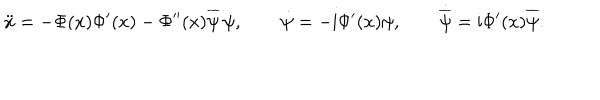
LaTeX: \ddot { x } = - \Phi ( x ) \Phi ^ { \prime } ( x ) - \Phi ^ { \prime \prime } ( x ) \overline { { { \psi } } } \, \psi , \qquad \dot { \psi } = - \mathrm { i } \Phi ^ { \prime } ( x ) \psi , \qquad \dot { \overline { { { \psi } } } } = \mathrm { i } \Phi ^ { \prime } ( x ) \overline { { { \psi } } } .